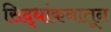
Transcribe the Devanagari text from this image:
सिद्धांकनातून